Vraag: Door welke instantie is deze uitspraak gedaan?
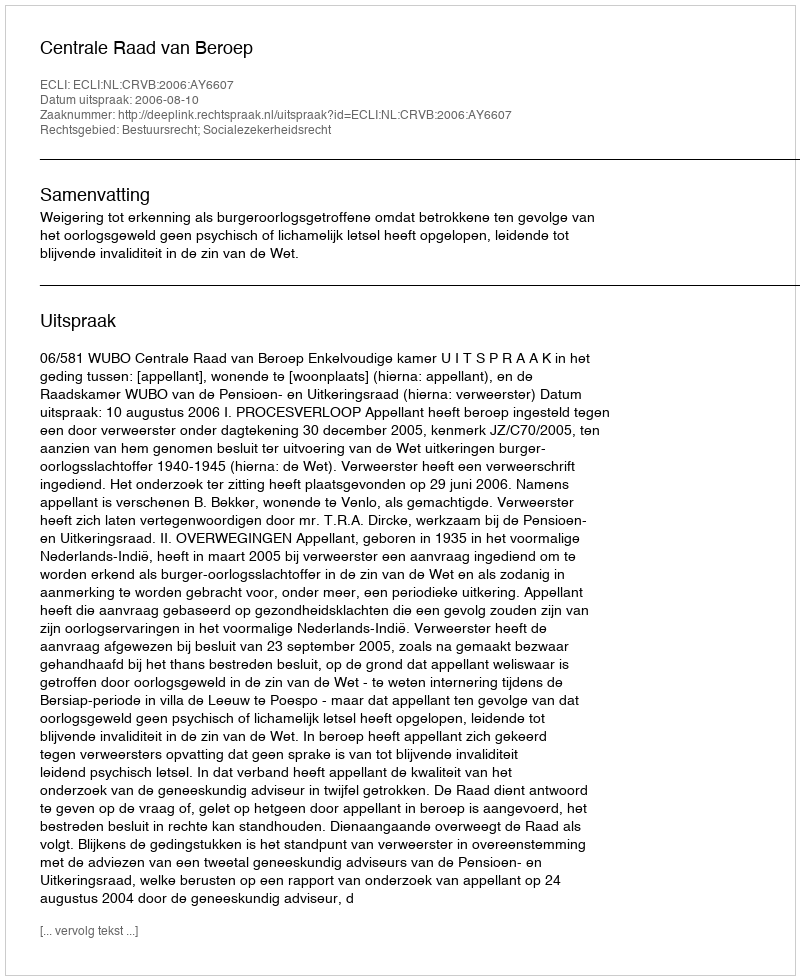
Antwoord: Centrale Raad van Beroep